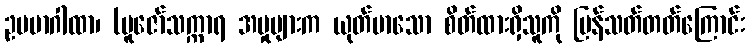
ဥပမာဂါထာ၊ (ပူဇော်သက္ကာရ အမှုများက ယုတ်မာသော စိတ်ထားရှိသူကို ပြန်သတ်တတ်ကြောင်း